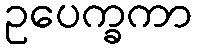
ဥပေက္ခကာ